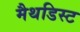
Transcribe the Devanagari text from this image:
मैथडिस्ट